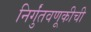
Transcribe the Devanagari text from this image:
निर्गुंतवणूकीची